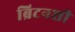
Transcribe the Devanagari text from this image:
ब्रिटनशी